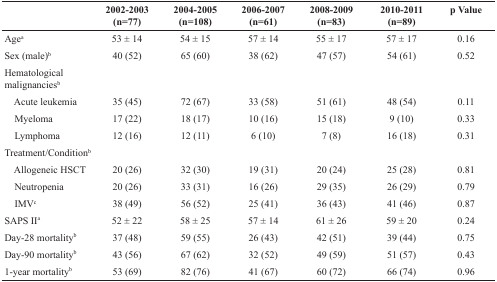
<table><thead><tr><td></td><td><b>2002-2003 (n=77)</b></td><td><b>2004-2005 (n=108)</b></td><td><b>2006-2007 (n=61)</b></td><td><b>2008-2009 (n=83)</b></td><td><b>2010-2011 (n=89)</b></td><td><b>p Value</b></td></tr></thead><tbody><tr><td>Age<sup>a</sup></td><td>53 ± 14</td><td>54 ± 15</td><td>57 ± 14</td><td>55 ± 17</td><td>57 ± 17</td><td>0.16</td></tr><tr><td>Sex (male)<sup>b</sup></td><td>40 (52)</td><td>65 (60)</td><td>38 (62)</td><td>47 (57)</td><td>54 (61)</td><td>0.52</td></tr><tr><td>Hematological malignancies<sup>b</sup></td><td></td><td></td><td></td><td></td><td></td><td></td></tr><tr><td> Acute leukemia</td><td>35 (45)</td><td>72 (67)</td><td>33 (58)</td><td>51 (61)</td><td>48 (54)</td><td>0.11</td></tr><tr><td> Myeloma</td><td>17 (22)</td><td>18 (17)</td><td>10 (16)</td><td>15 (18)</td><td>9 (10)</td><td>0.33</td></tr><tr><td> Lymphoma</td><td>12 (16)</td><td>12 (11)</td><td>6 (10)</td><td>7 (8)</td><td>16 (18)</td><td>0.31</td></tr><tr><td>Treatment/Condition<sup>b</sup></td><td></td><td></td><td></td><td></td><td></td><td></td></tr><tr><td> Allogeneic HSCT</td><td>20 (26)</td><td>32 (30)</td><td>19 (31)</td><td>20 (24)</td><td>25 (28)</td><td>0.81</td></tr><tr><td> Neutropenia</td><td>20 (26)</td><td>33 (31)</td><td>16 (26)</td><td>29 (35)</td><td>26 (29)</td><td>0.79</td></tr><tr><td> IMV<sup>c</sup></td><td>38 (49)</td><td>56 (52)</td><td>25 (41)</td><td>36 (43)</td><td>41 (46)</td><td>0.87</td></tr><tr><td>SAPS II<sup>a</sup></td><td>52 ± 22</td><td>58 ± 25</td><td>57 ± 14</td><td>61 ± 26</td><td>59 ± 20</td><td>0.24</td></tr><tr><td>Day-28 mortality<sup>b</sup></td><td>37 (48)</td><td>59 (55)</td><td>26 (43)</td><td>42 (51)</td><td>39 (44)</td><td>0.75</td></tr><tr><td>Day-90 mortality<sup>b</sup></td><td>43 (56)</td><td>67 (62)</td><td>32 (52)</td><td>49 (59)</td><td>51 (57)</td><td>0.43</td></tr><tr><td>1-year mortality<sup>b</sup></td><td>53 (69)</td><td>82 (76)</td><td>41 (67)</td><td>60 (72)</td><td>66 (74)</td><td>0.96</td></tr></tbody></table>